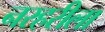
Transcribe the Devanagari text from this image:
नरहरीला